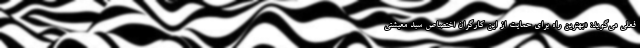
فعلی می‌گوید: «بهترین راه برای حمایت از این کارگران اختصاص سبد معیشتی